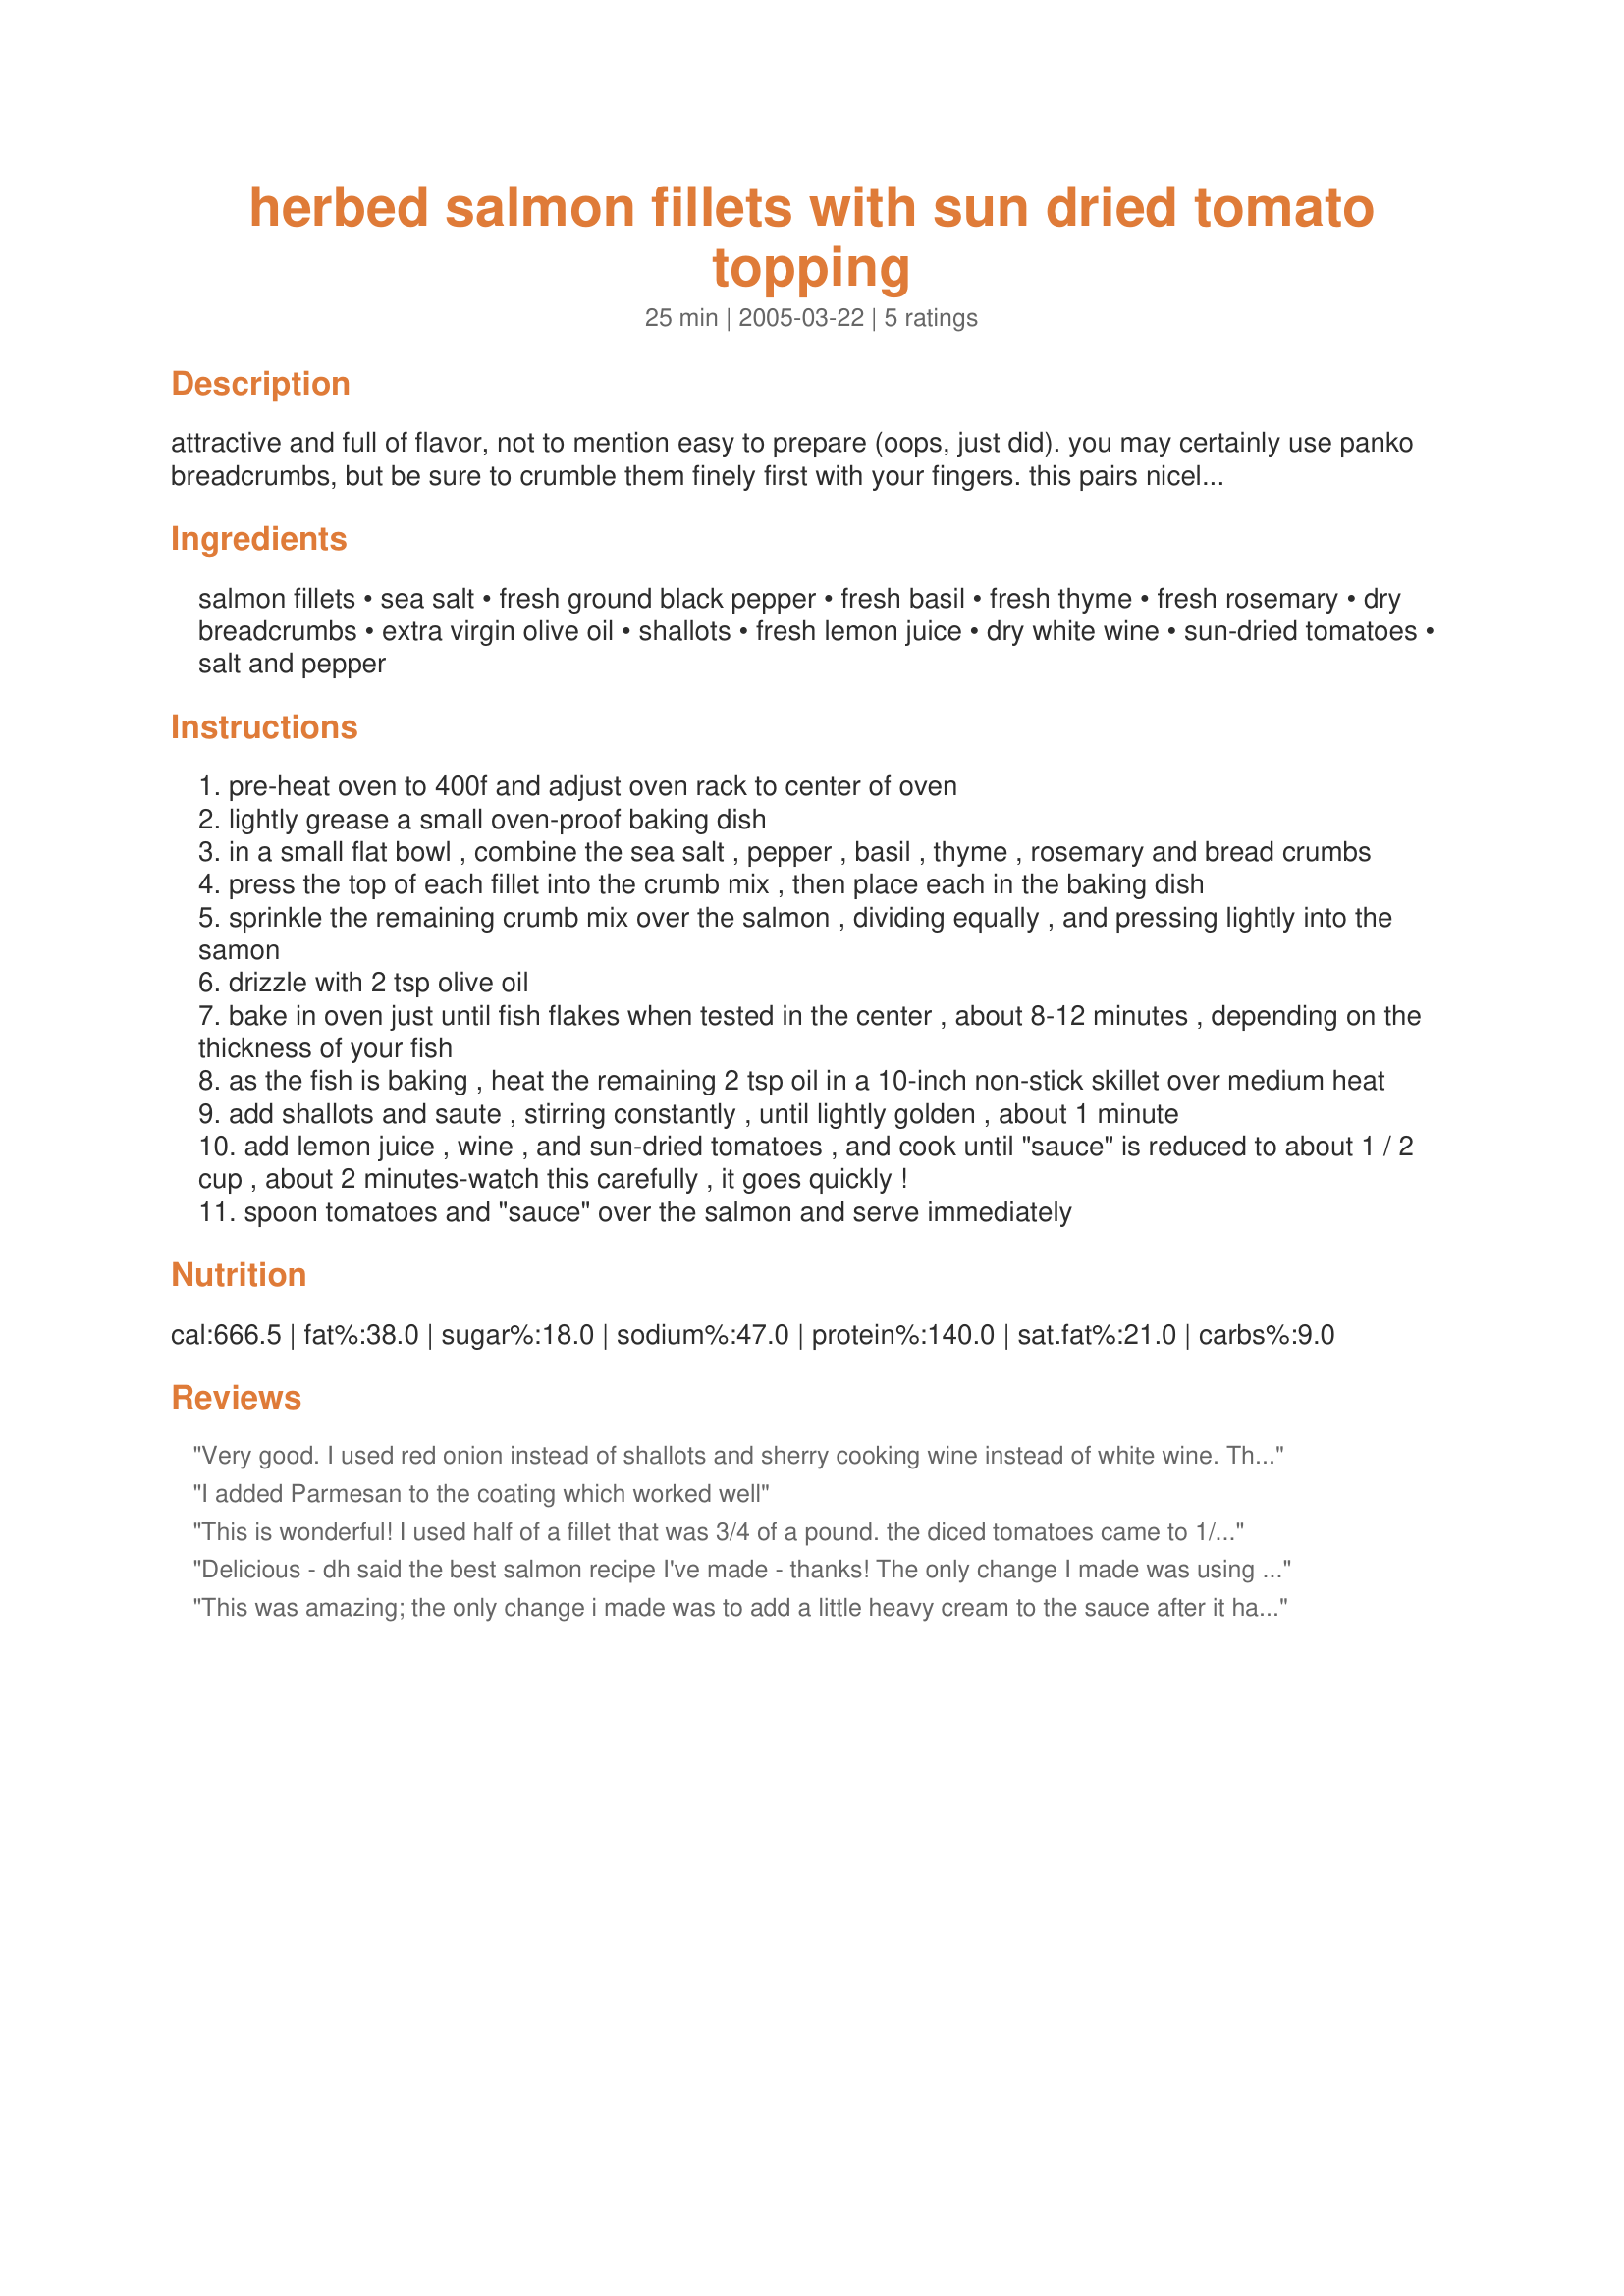
herbed salmon fillets with sun dried tomato topping
Preparation time: 25 minutes

attractive and full of flavor, not to mention easy to prepare (oops, just did). you may certainly use panko breadcrumbs, but be sure to crumble them finely first with your fingers. this pairs nicely with parmesaned orzo and grilled zucchini.

Ingredients:
salmon fillets, sea salt, fresh ground black pepper, fresh basil, fresh thyme, fresh rosemary, dry breadcrumbs, extra virgin olive oil, shallots, fresh lemon juice, dry white wine, sun-dried tomatoes, salt and pepper

Steps:
pre-heat oven to 400f and adjust oven rack to center of oven
lightly grease a small oven-proof baking dish
in a small flat bowl , combine the sea salt , pepper , basil , thyme , rosemary and bread crumbs
press the top of each fillet into the crumb mix , then place each in the baking dish
sprinkle the remaining crumb mix over the salmon , dividing equally , and pressing lightly into the samon
drizzle with 2 tsp olive oil
bake in oven just until fish flakes when tested in the center , about 8-12 minutes , depending on the thickness of your fish
as the fish is baking , heat the remaining 2 tsp oil in a 10-inch non-stick skillet over medium heat
add shallots and saute , stirring constantly , until lightly golden , about 1 minute
add lemon juice , wine , and sun-dried tomatoes , and cook until "sauce" is reduced to about 1 / 2 cup , about 2 minutes-watch this carefully , it goes quickly !
spoon tomatoes and "sauce" over the salmon and serve immediately

Reviews:
Very good. I used red onion instead of shallots and sherry cooking wine instead of white wine. The bread crumb mixture could be halved in my opinion, but I suppose that depends on how large the salmon fillets are. Thanks!
I added Parmesan to the coating which worked well
This is wonderful! I used half of a fillet that was 3/4 of a pound. the diced tomatoes came to 1/3 cup.I placed the fish in the pan then topped it with the breadcrumbs then drizzled with oil. I suggest mixing the oil into the bread crumbs then patting it onto the fish. This way the oil is distributed evenly.I did double the shallots. I did bake for 20 minutes and it was prefect. The center was tender. The tomatoes went great with the salmon.
Delicious - dh said the best salmon recipe I've made - thanks! The only change I made was using onion instead of shallots (out of) and sherry instead of white wine (again out of). We will be having this simple-to-make dish again soon! Thanks for sharing!
This was amazing; the only change i made was to add a little heavy cream to the sauce after it had reduced ( of course ,totally ruined the heart healthy factor, but it was yummy LOL,,) i will be making this again and again...thank you ,our little flemish Minx for an outstanding recipe.
